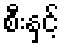
စီးနှင့်